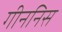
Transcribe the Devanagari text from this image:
गीननिस